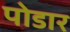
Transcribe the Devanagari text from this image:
पोडार